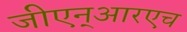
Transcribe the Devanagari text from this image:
जीएन्‌आरएच